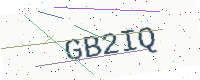
Text: GB2IQ